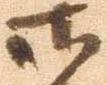
御